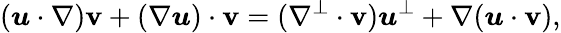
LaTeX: (\boldsymbol{u}\cdot\nabla)\boldsymbol{\mathbf{v}}+(\nabla\boldsymbol{u})\cdot\boldsymbol{\mathbf{v}}=(\nabla^{\perp}\cdot\boldsymbol{\mathbf{v}})\boldsymbol{u}^{\perp}+\nabla(\boldsymbol{u}\cdot\boldsymbol{\mathbf{v}}),